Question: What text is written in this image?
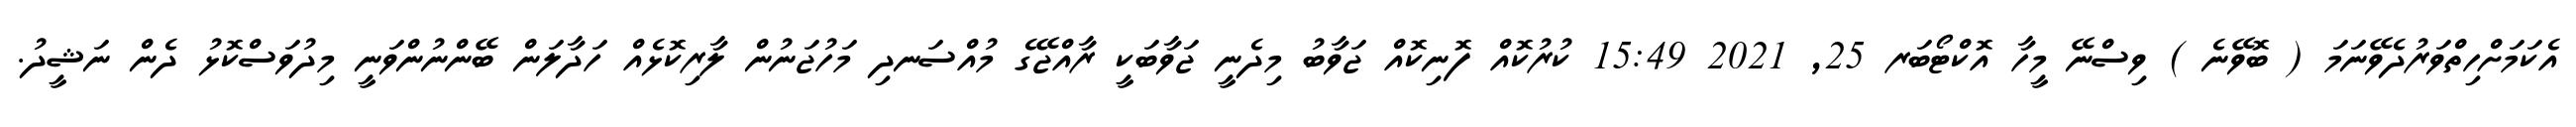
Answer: އެކަމަށްހިތްވަރުދެވޭނަމަ ( ބޮވޭނެ ) ވިސްނޭ މީހާ އޮކްޓޯބަރ 25, 2021 15:49 ކުރުކޮއް ފޮނިކޮއް ޖަވާބު މިދެނީ ޖަވާބަކީ ރާއްޖޭގެ މުއްސަނދި މަހުޖަނުން ލާރިކޮޅެއް ހަދާލަން ބޭންނުންވަނީ މިދުވަސްކޮޅު ދެން ނަޝީދު.